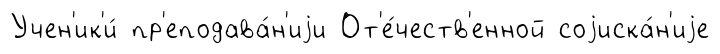
Учен'ик'и́ пр'еподава́н'иjи От'е́честв'енной соjиска́н'иjе